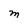
Character: M